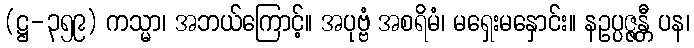
(ဋ္ဌ-၃၅၉) ကသ္မာ၊ အဘယ်ကြောင့်။ အပုဗ္ဗံ အစရိမံ၊ မရှေးမနှောင်း။ နဥပ္ပဇ္ဇန္တီ ပန၊